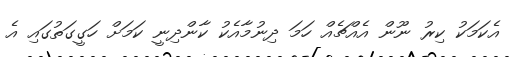
އެކަމަކު ކިރު ނޫން އެއްޗެއް ހަމަ ދިނުމާއެކު ކާންދިނީ ކަމަށް ހަގީގަތުގައި އެ